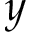
y